Leaving Certificate Examination (including Day School Certificate (Higher) General paper), 1938
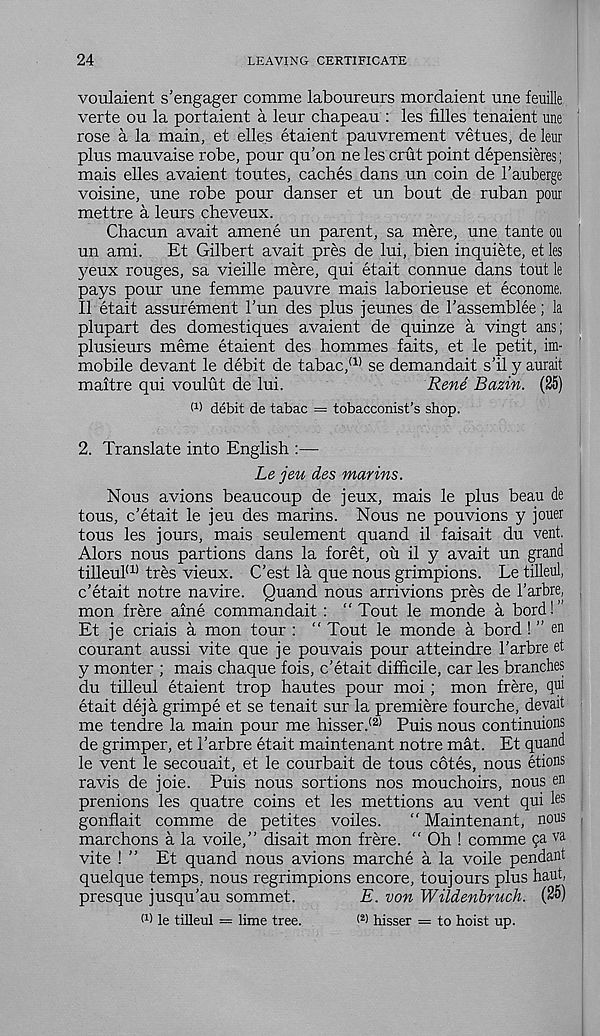
24
LEAVING CERTIFICATE
voulaient s’engager comme laboureurs mordaient une feuille
verte ou la portaient a leur chapeau : les filles tenaient une
rose a la main, et elle.s etaient pauvrement vetues, de leur
plus mauvaise robe, pour qu’on ne les crut point depensieres;
mais elles avaient toutes, caches dans un coin de 1’auberge
voisine, une robe pour danser et un bout de ruban pour
mettre a leurs cheveux.
Chacun avait amene un parent, sa mere, une tante ou
un ami. Et Gilbert avait pres de lui, bien inquiete, et les
yeux rouges, sa vieille mere, qui etait connue dans tout le
pays pour une femme pauvre mais laborieuse et econome.
II etait assurement Tun des plus jeunes de I'assemblee; la
plupart des domestiques avaient de quinze a vingt ans;
plusieurs meme etaient des hommes faits, et le petit, im-
mobile devant le debit de tabac, a) se demandait s’il y aurait
maitre qui voulut de lui.
Rene Bazin. (25)
M debit de tabac = tobacconist’s shop.
2. Translate into English :—
Le jeu des mar ins.
Nous avions beaucoup de jeux, mais le plus beau de
tous, c’etait le jeu des marins. Nous ne pouvions y jouer
tous les jours, mais seulement quand il faisait du vent.
Alors nous partions dans la foret, ou il y avait un grand
tilleul (1) tres vieux. C’est la que nous grimpions. Le tilled,
c’etait notre navire. Quand nous arrivions pres de 1’arbre,
mon frere aine commandait : “Tout le monde a bord!’
Et je criais a mon tour : “ Tout le monde a bord ! ” en
courant aussi vite que je pouvais pour atteindre 1’arbre et
y monter ; mais chaque fois, c’etait difficile, car les branches
du tilleul etaient trop hautes pour moi; mon frere, qui
etait deja grimpe et se tenait sur la premiere fourche, devait
me tendre la main pour me hisser. (2) Puis nous continuions
de grimper, et 1’arbre etait maintenant notre mdt. Et quand
le vent le secouait, et le courbait de tous cotes, nous etions
ravis de joie. Puis nous sortions nos mouchoirs, nous en
prenions les quatre coins et les mettions au vent qui les
gonflait comme de petites voiles.
“ Maintenant, nous
marchons a la voile,” disait mon frere. " Oh ! comme pa va
vite ! ” Et quand nous avions marche a la voile pendant
quel que temps, nous regrimpions encore, toujours plus haut,
presque jusqu’au sommet.
E. von Wildenbruch. (25)
O) le tilleul = lime tree.
< 2 ) hisser = to hoist up.